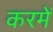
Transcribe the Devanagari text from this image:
करमें